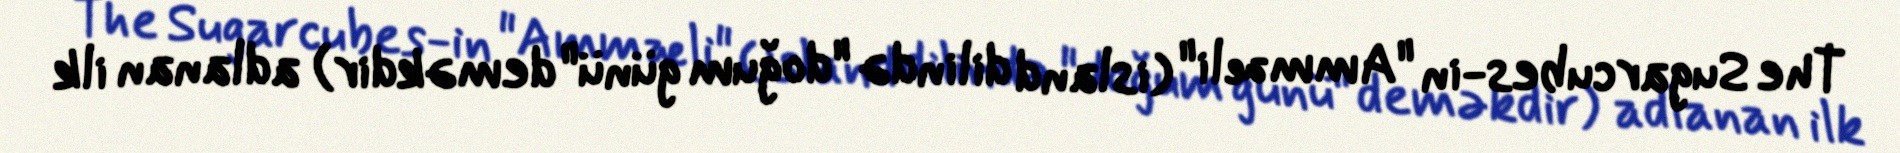
The Sugarcubes-in "Ammæli" (island dilində "doğum günü" deməkdir) adlanan ilk